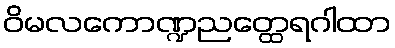
ဝိမလကောဏ္ဍညတ္ထေရဂါထာ